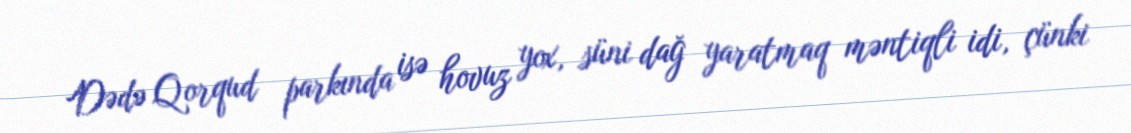
Dədə Qorqud parkında isə hovuz yox, süni dağ yaratmaq məntiqli idi, çünki